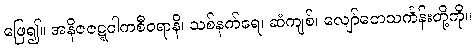
ဖြေ၍။ အနိဇဇဋ္ဋဝါကစီဝရာနိ၊ သစ်နက်ရေ၊ ဆံကျစ်၊ လျော်တေသင်္ကန်းတို့ကို။